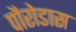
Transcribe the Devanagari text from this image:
पौरोडास